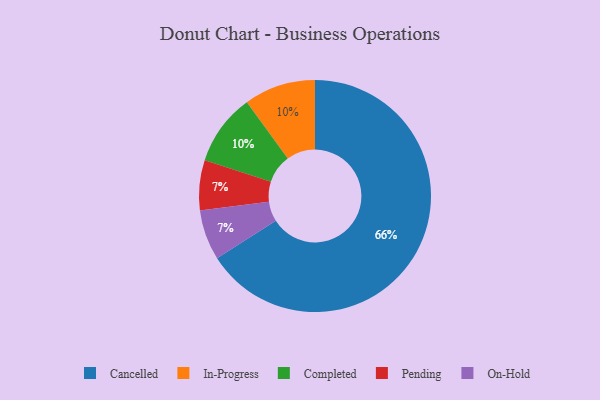
{"axis": {"x": "Category", "y": "Percentage"}, "legend": ["Cancelled", "Completed", "In-Progress", "On-Hold", "Pending"], "data": [{"x": "Cancelled", "y": 66, "type": "Cancelled"}, {"x": "Pending", "y": 7, "type": "Pending"}, {"x": "In-Progress", "y": 10, "type": "In-Progress"}, {"x": "On-Hold", "y": 7, "type": "On-Hold"}, {"x": "Completed", "y": 10, "type": "Completed"}]}